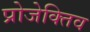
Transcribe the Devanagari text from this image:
प्रोजेक्तिव